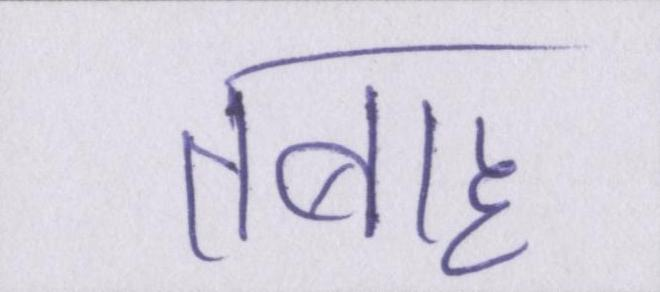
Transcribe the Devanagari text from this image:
तबाह